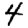
Digit: 4